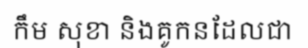
កឹម សុខា និងគូកនដែលជា